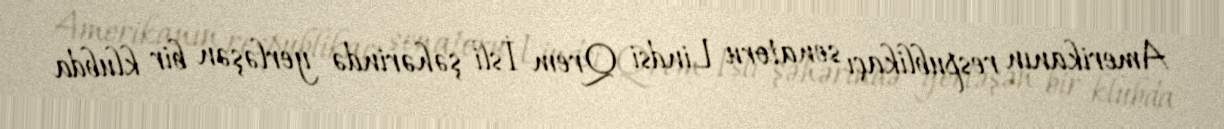
Amerikanın respublikaçı senatoru Lindsi Qrem İsli şəhərində yerləşən bir klubda